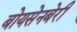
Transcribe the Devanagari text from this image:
बोयसेनबेरी